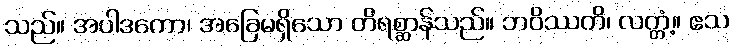
သည်။ အပါဒကော၊ အခြေမရှိသော တိရစ္ဆာန်သည်။ ဘဝိဿတိ၊ လတ္တံ့။ ဧသ